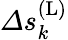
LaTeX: \varDelta s_{k}^{\mathrm{(L)}}